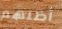
أظنهم